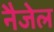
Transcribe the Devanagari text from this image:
नैजेल